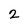
Character: 2